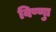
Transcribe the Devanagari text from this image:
विष्णुा